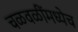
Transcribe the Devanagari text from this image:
चळवळींमध्येच